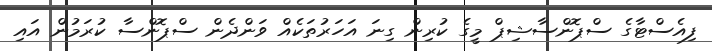
ފިއެސްޓާގެ ސްޕޮންސާޝިޕް މީގެ ކުރިން ގިނަ އަހަރުތަކެއް ވަންދެން ސްޕޮންސާ ކުރަމުން އައި